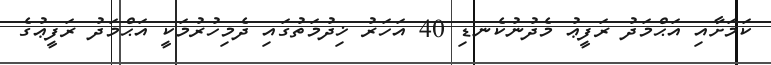
ކަމަށާއި އަޙްމަދު ރަފީޢު މެދުނުކެނޑި 40 އަހަރު ޚިދުމަތުގައި ދެމިހުރުމަކީ އަޙްމަދު ރަފީޢުގެ